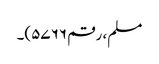
مسلم، رقم ۵۷۶۶)۔